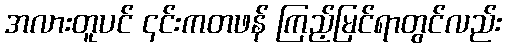
အလားတူပင် ၎င်းကတဖန် ကြည့်မြင်ရာတွင်လည်း